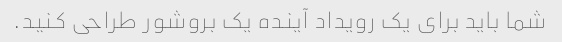
شما باید برای یک رویداد آینده یک بروشور طراحی کنید.